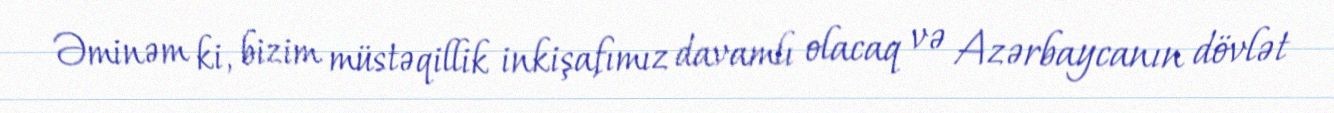
Əminəm ki, bizim müstəqillik inkişafımız davamlı olacaq və Azərbaycanın dövlət